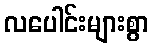
လပေါင်းများစွာ